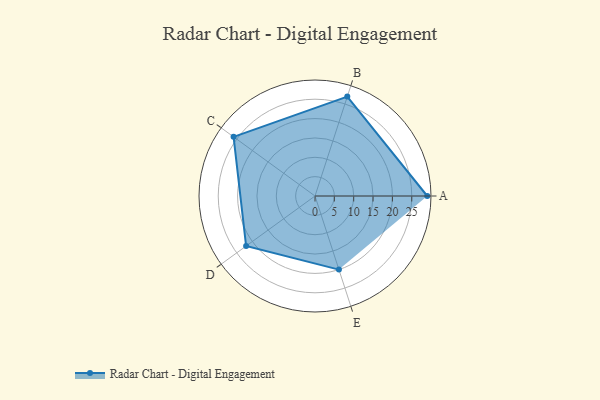
{"axis": {"x": "Skill", "y": "Score"}, "legend": ["Profile"], "data": [{"x": "A", "y": 29.0, "type": "Profile"}, {"x": "B", "y": 27.0, "type": "Profile"}, {"x": "C", "y": 26.0, "type": "Profile"}, {"x": "D", "y": 22.0, "type": "Profile"}, {"x": "E", "y": 20, "type": "Profile"}]}